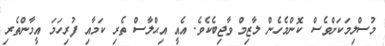
މުސްލިމަކަށްވެސް ކޮންމެހެން ލާޒިމް ވާޖިބެކެވެ. އެއީ އިޙްލާސް ތެރި ކަމާއި ފުރިހަމަ އީމާންތެރި